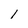
Character: l